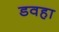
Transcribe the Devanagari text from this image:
डवहा